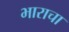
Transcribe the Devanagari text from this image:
भाराचा